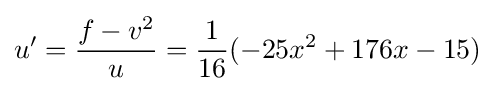
u'={\frac {f-v^{2}}{u}}={\frac {1}{16}}(-25x^{2}+176x-15)